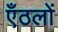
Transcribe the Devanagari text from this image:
एँठलों